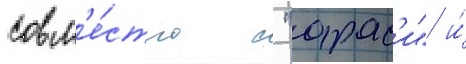
совм'е́стно с "арас'и" и́